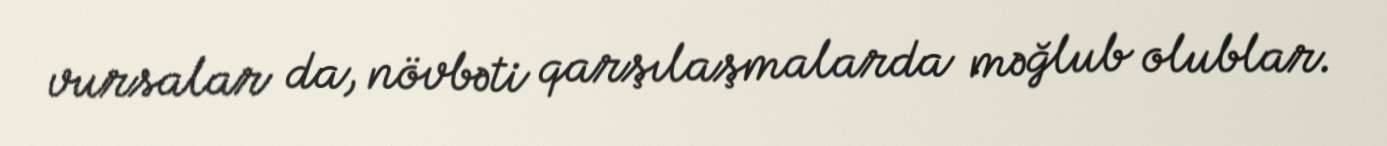
vursalar da, növbəti qarşılaşmalarda məğlub olublar.